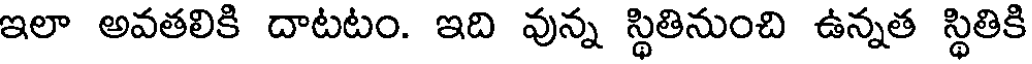
ఇలా అవతలికి దాటటం. ఇది వున్న స్థితినుంచి ఉన్నత స్థితికి